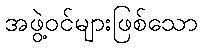
အဖွဲ့ဝင်များဖြစ်သော